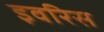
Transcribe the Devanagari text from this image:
इवरिस